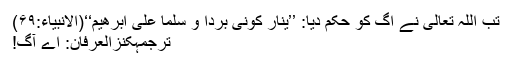
تب اللہ تعالیٰ نے آگ کو حکم دیا: ’’یٰنَارُ كُوْنِیْ بَرْدًا وَّ سَلٰمًا عَلٰۤى اِبْرٰهِیْمَ‘‘(الانبیاء:۶۹)
ترجمۂکنزُالعِرفان: اے آگ!